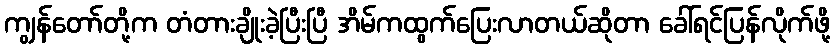
ကျွန်တော်တို့က တံတားချိုးခဲ့ပြီးပြီ အိမ်ကထွက်ပြေးလာတယ်ဆိုတာ ခေါ်ရင်ပြန်လိုက်ဖို့